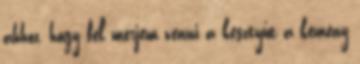
ahhoz, hogy fel merjem venni a kesztyűt a kemény